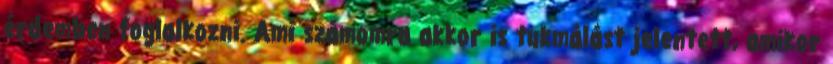
érdemben foglalkozni. Ami számomra akkor is tukmálást jelentett, amikor